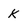
Character: k